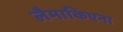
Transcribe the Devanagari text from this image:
लैमाकिएना